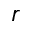
r